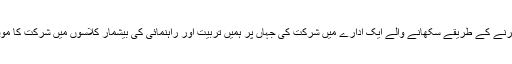
ہم نے عمان (اردن) میں کاروبار کرنے کے طریقے سکھانے والے ایک ادارے میں شرکت کی جہاں پر ہمیں تربیت اور راہنمائی کی بیشمار کلاسوں میں شرکت کا موقع ملا جس سے ہمیں بہت فائدہ ہوا۔